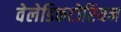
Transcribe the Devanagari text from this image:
वेलेडिकटोरियन